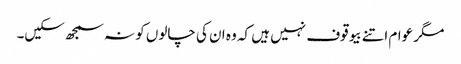
مگر عوام اتنے بیوقوف نہیں ہیں کہ وہ ان کی چالوں کو نہ سمجھ سکیں۔